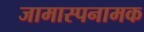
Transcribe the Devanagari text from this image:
जामास्पनामक